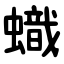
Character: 蟙